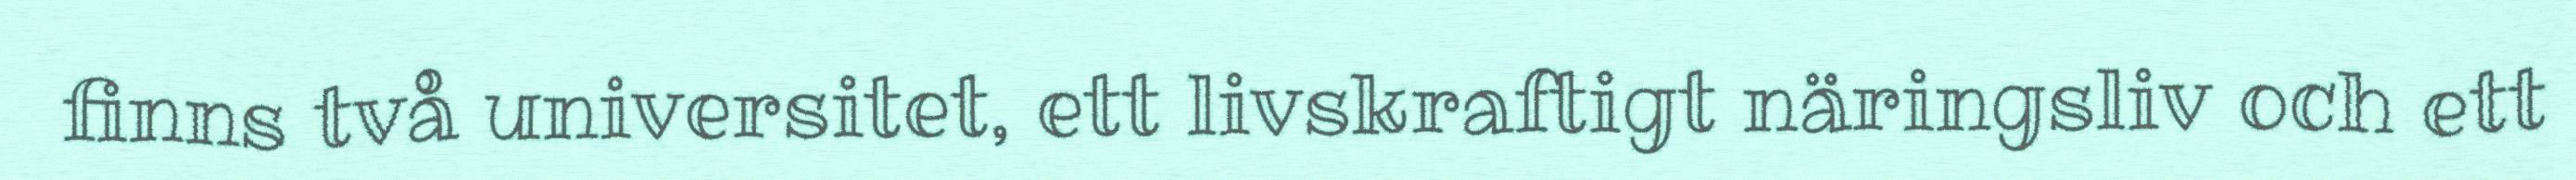
finns två universitet, ett livskraftigt näringsliv och ett